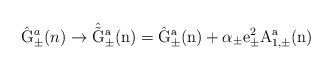
LaTeX: \begin{align*}\hat{\rm G}_{\pm}^a(n) \rightarrow \hat{\tilde{\rm G}}_{\pm}^a(n)=\hat{\rm G}_{\pm}^a(n) + \alpha_{\pm} e_{\pm}^2 A_{1,\pm}^a(n)\end{align*}